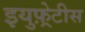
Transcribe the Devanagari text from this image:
इयुफ़्रेटीस